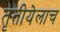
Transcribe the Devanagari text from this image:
तृतीयेलाच